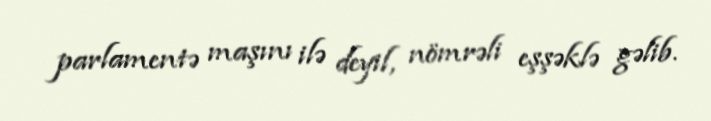
parlamentə maşını ilə deyil, nömrəli eşşəklə gəlib.